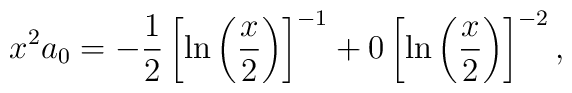
x^2 a_0 = -\displaystyle\frac{1}{2} \left[ \ln \left(\displaystyle\frac{x}{2} \right) \right]^{-1} + 0 \left[ \ln \left(\displaystyle\frac{x}{2} \right) \right]^{-2},